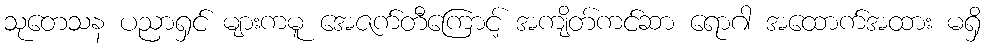
သုတေသန ပညာရှင် များကမူ အေဇက်တီကြောင့် အကျိတ်ကင်ဆာ ရောဂါ အထောက်အထား မရှိ